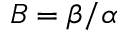
B = \beta / \alpha